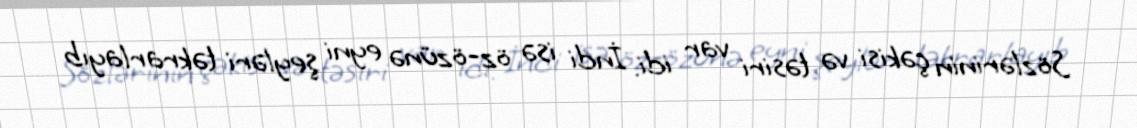
Sözlərinin çəkisi və təsiri var idi. İndi isə öz-özünə eyni şeyləri təkrarlayıb